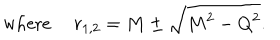
\mathrm { w h e r e \ } r _ { 1 , 2 } = M \pm \sqrt { M ^ { 2 } - Q ^ { 2 } } .